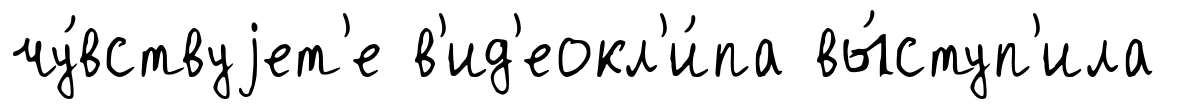
чу́вствуjет'е в'ид'еокл'и́па вы́ступ'ила